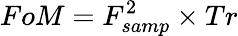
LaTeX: FoM=F_{samp}^{2}\times Tr